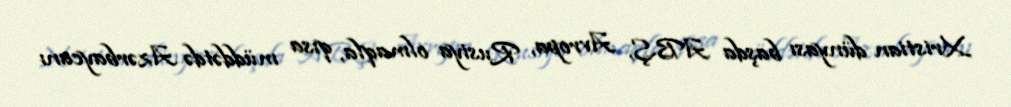
Xristian dünyası başda ABŞ, Avropa, Rusiya olmaqla, qısa müddətdə Azərbaycanı